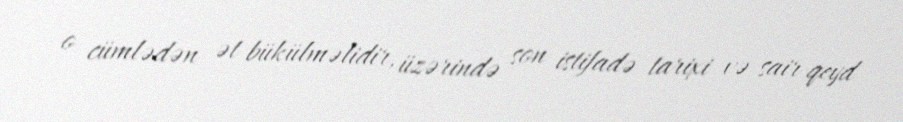
o cümlədən ət bükülməlidir, üzərində son istifadə tarixi və sair qeyd